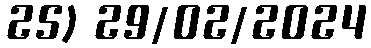
25) 29/02/2024